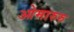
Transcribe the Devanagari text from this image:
ओमारुरु